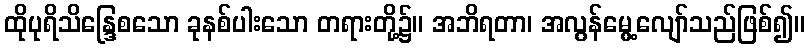
ထိုပုရိသိန္ဒြေစသော ခုနစ်ပါးသော တရားတို့၌။ အဘိရတာ၊ အလွန်မွေ့လျော်သည်ဖြစ်၍။